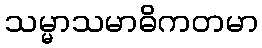
သမ္မာသမာဓိကတမာ